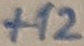
Text: +12